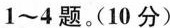
1~4题。(10分)